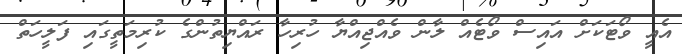
އެއީ ވޯޓަކަށް އައިސް ވޯޓެއް ލާން ވެއްޖިއްޔާ ހުރިހާ ރައްޔިތުންގެ ކުރިމަތީގައި ފަލީހަތް